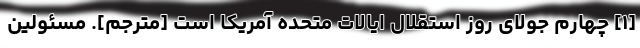
[۱] چهارم جولای روز استقلال ایالات متحده آمریکا است [مترجم]. مسئولین